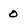
Character: 0